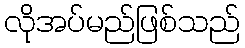
လိုအပ်မည်ဖြစ်သည်